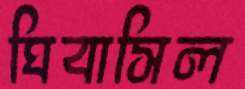
ঘিবাসিল